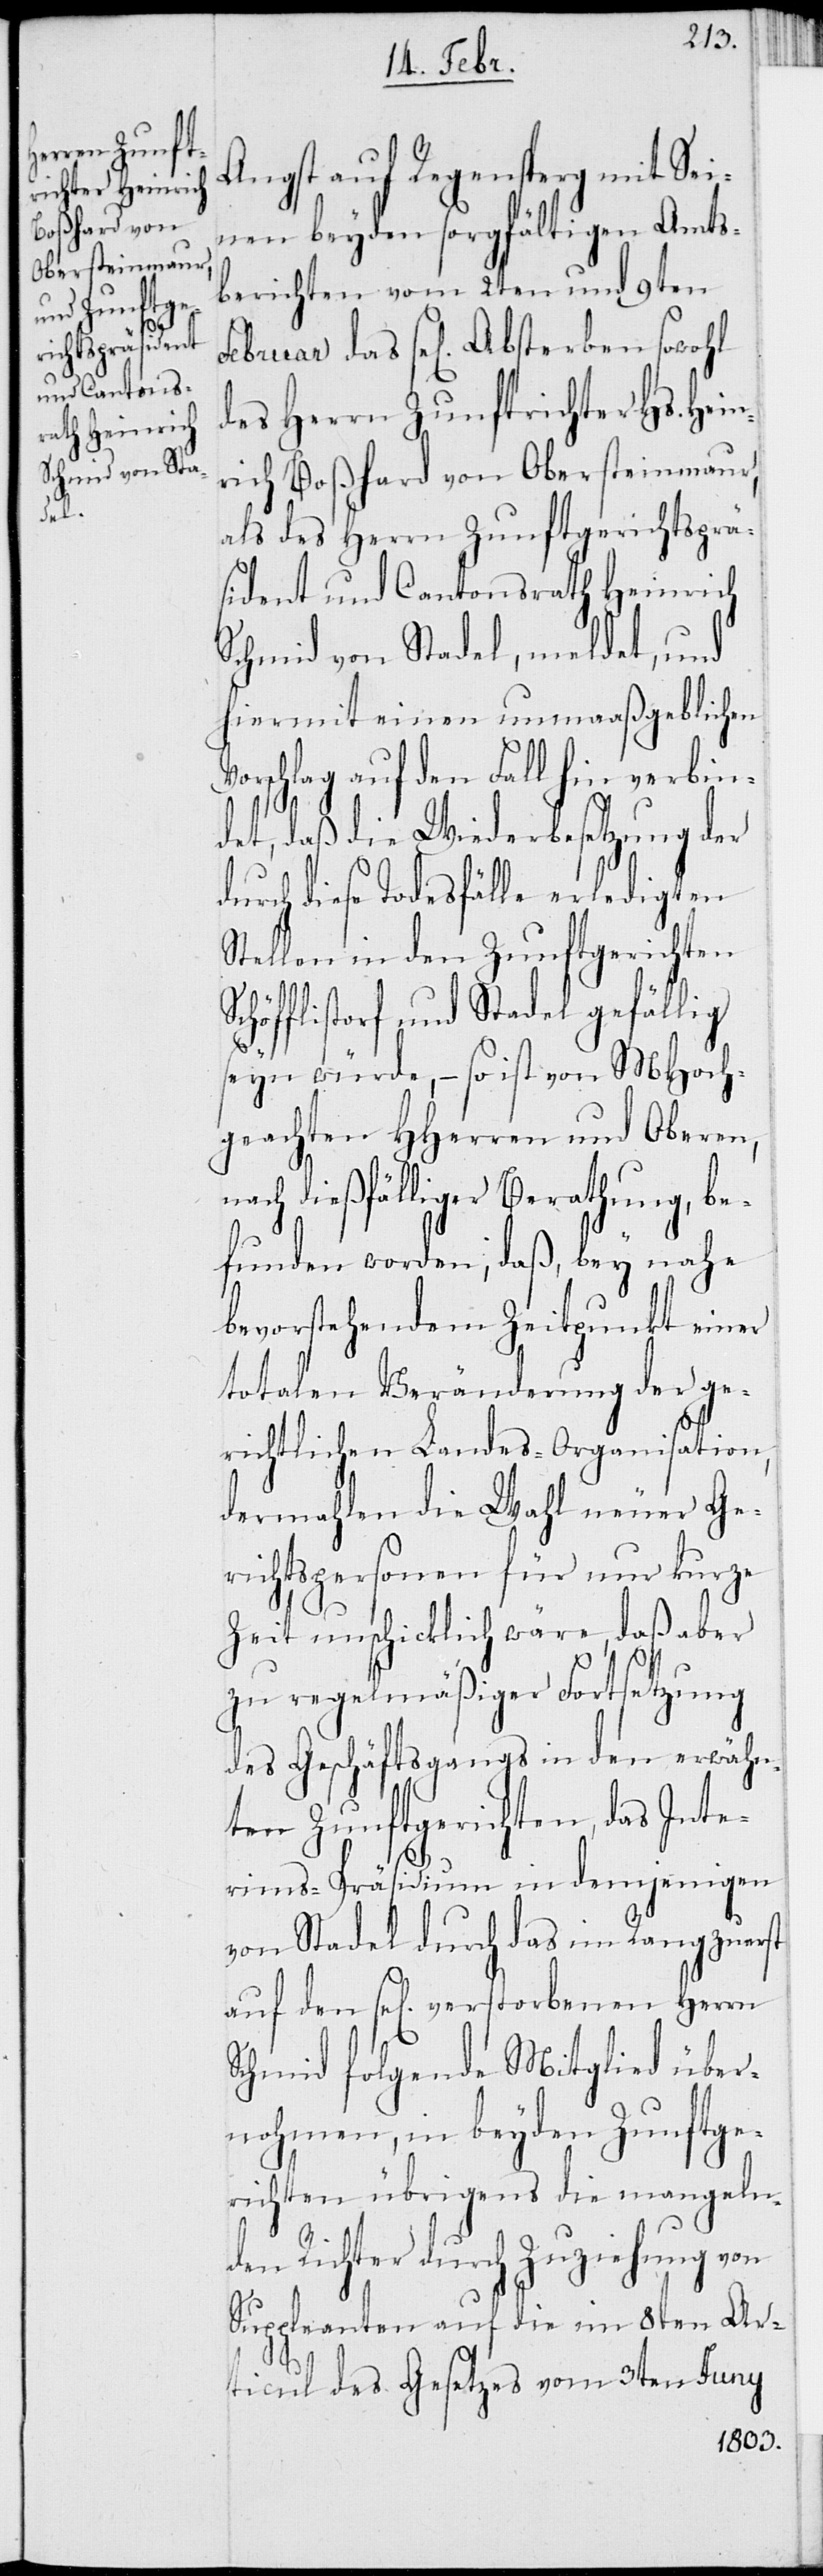
Sc¬

Angst auf Regensperg mit Sei¬
nen beyden sorgfältigen Amts¬
berichten vom 2ten und 9ten
des Herrn Zunftrichter Hs. Hein¬
rich Boßhard von Obersteinmaur,
als des Herrn Zunftgerichtsprä¬
sident und Cantonsrath Heinrich
Schmid von Stadel, meldet, und
hiermit einen unmaaßgeblichen
Vorschlag auf den Fall hin verbin¬
d¬
det, daß die Wiederbesetzung der
urch diese Todesfälle erledigten
Stellen in den Zunftgerichten
höfflistorf und Stadel gefällig
seyn würde, – so ist von MHoch¬
geachten HHerren und Oberen,
nach dießfälliger Berathung, be¬
funden worden, daß, bey nahe
bevorstehendem Zeitpunkt einer
totalen Veränderung der ge¬
richtlichen Landes-Organisation,
dermahlen die Wahl neuer Ge¬
richtspersonen für nur kurze
Zeit unschicklich wäre, daß aber
zu regelmäßiger Fortsetzung
des Geschäftsgangs in den erwähn¬
ten Zunftgerichten, das Inte¬
den
rims-Präsidium in demjenigen
von Stadel durch das im Rang zuerst
Schmid folgende Mitglied über¬
nehmen, in beyden Zunftge¬
richten übrigens die mangeln¬
den Richter durch Zuziehung von
Suppleanten auf die im 8ten Ar¬
ticul des Gesetzes vom 3ten Juny